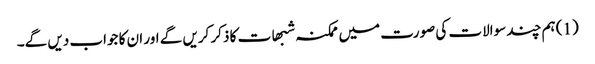
(1) ہم چند سوالات کی صورت میں ممکنہ شبھات کا ذکر کریں گے اور ان کا جواب دیں گے۔